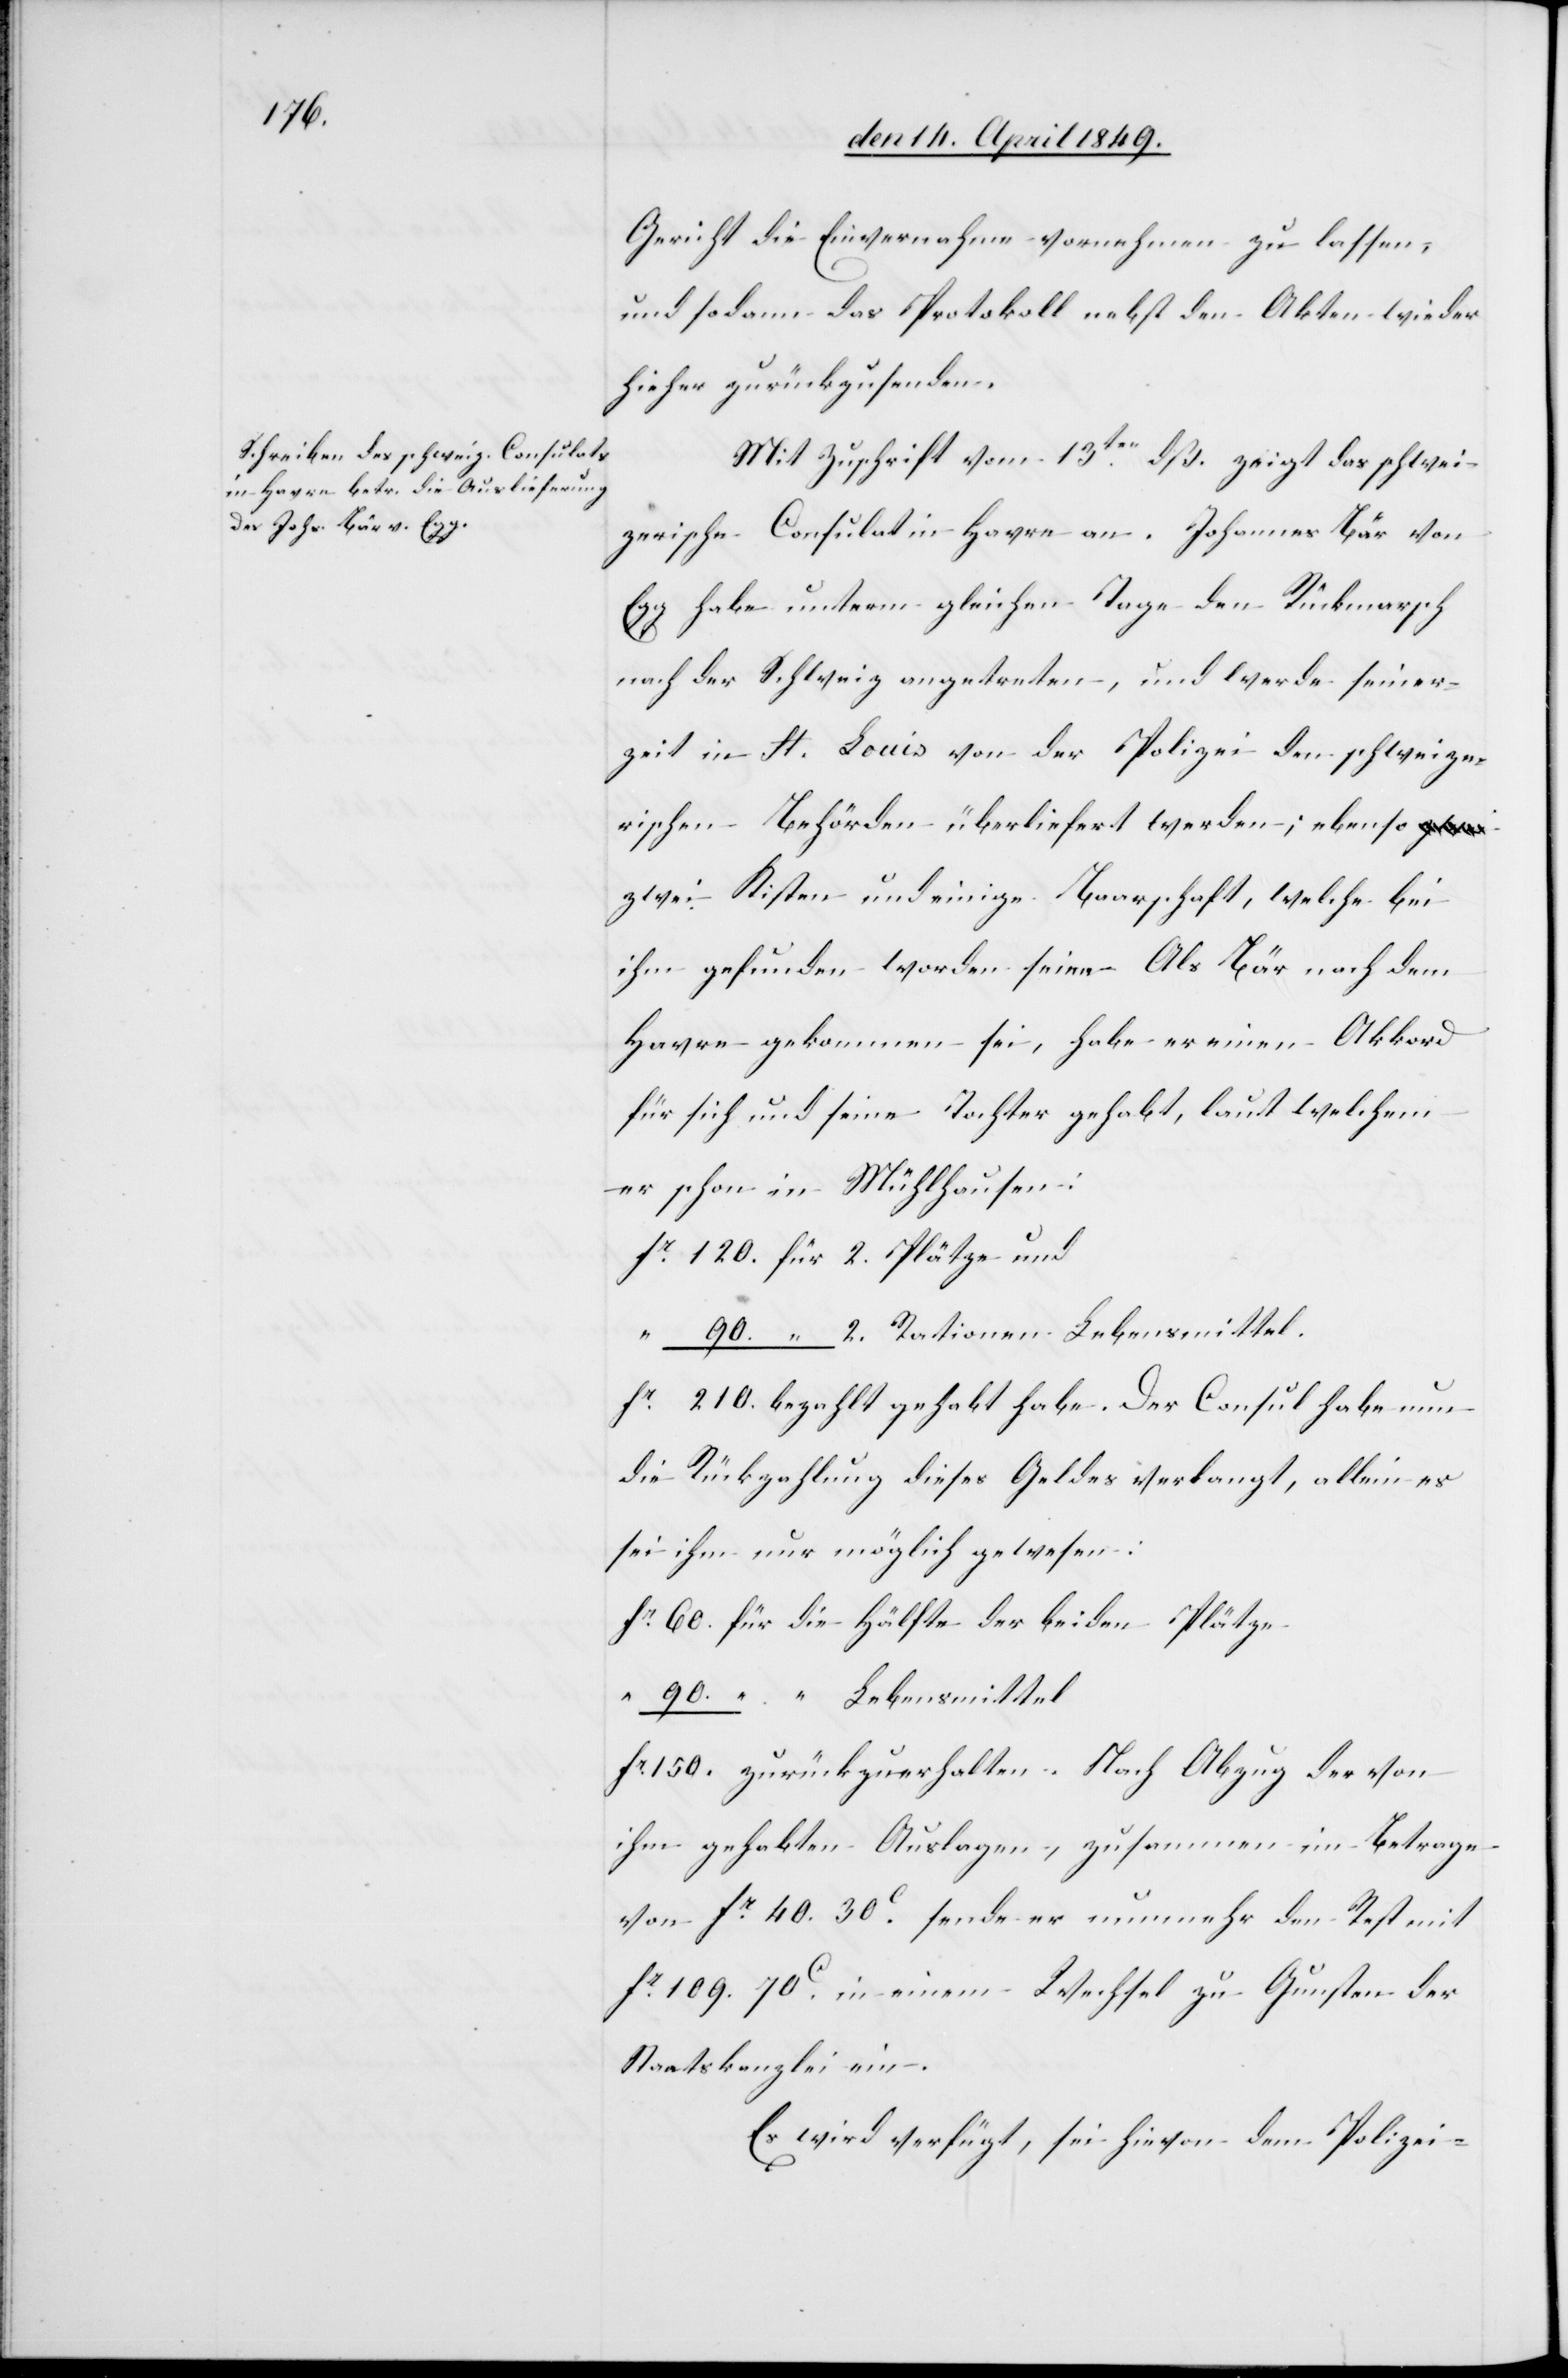
den 16t April 1849.]
Gericht die Einvernahme vornehmen zu lassen,
und sodann das Protokoll nebst den Akten wieder
hieher zurückzusenden.
Mit Zuschrift vom 13ten dß. zeigt das schwei¬
zerische Consulat in Havre an. Johannes Bär von
Egg habe unterm gleichen Tage den Rückmarsch
nach der Schweiz angetreten, und werde seiner¬
zeit in St. Louis von der Polizei den schweize¬
rischen Behörden überliefert werden; ebenso
zwei Kisten und einige Baarschaft, welche bei
ihm gefunden worden seien. Als Bär nach dem
Havre gekommen sei, habe er einen Akkord
für sich und seine Tochter gehabt, laut welchem
er schon in Mühlhausen:
fr 120. für 2. Plätze und
“ 90. “ 2. Rationen Lebensmittel.
fr 210. bezahlt gehabt habe. Der Consul habe nun
die Rückzahlung dieses Geldes verlangt, allein es
sei ihm nur möglich gewesen:
fr 60. für die Hälfte der beiden Plätze
“ 90. “ Lebensmittel
fr 150. zurückzuerhalten. Nach Abzug der von
ihm gehabten Auslagen, zusammen im Betrage
von fr 40. 30 c sende er nunmehr den Rest mit
fr 109. 70 c in einem Wechsel zu Gunsten der
Staatskanzlei ein.
Es wird verfügt, sei hievon dem Polizei-